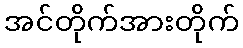
အင်တိုက်အားတိုက်